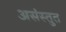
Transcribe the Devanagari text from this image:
असंस्तुत